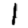
Digit: 1